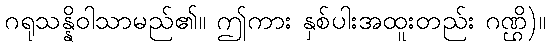
ဂရုသန္နိဝါသာမည်၏။ ဤကား နှစ်ပါးအထူးတည်း ဂဏ္ဌိ)။